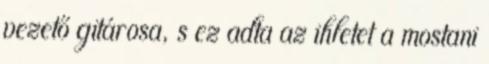
vezető gitárosa, s ez adta az ihletet a mostani